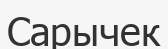
Сарычек